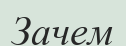
Зачем